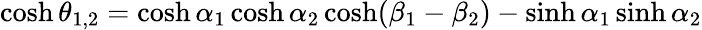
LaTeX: \cosh\theta_{1,2}=\cosh\alpha_{1}\cosh\alpha_{2}\cosh(\beta_{1}-\beta_{2})-\sinh\alpha_{1}\sinh\alpha_{2}